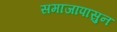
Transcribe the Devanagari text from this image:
समाजापासुन